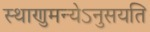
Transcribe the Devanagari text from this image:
स्थाणुमन्येऽनुसयति